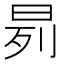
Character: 𬀰